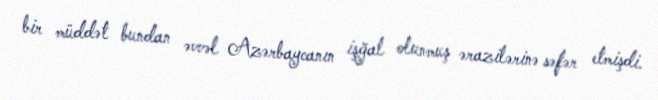
bir müddət bundan əvvəl Azərbaycanın işğal olunmuş ərazilərinə səfər etmişdi.